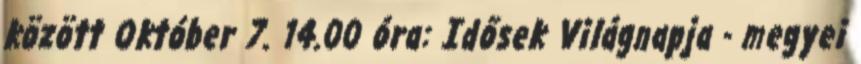
között Október 7. 14.00 óra: Idősek Világnapja - megyei